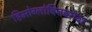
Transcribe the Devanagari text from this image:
हिमोग्लोबिनबरोबर